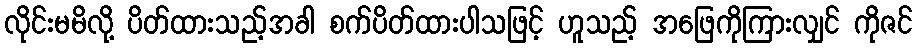
လိုင်းမမိလို့ ပိတ်ထားသည့်အခါ စက်ပိတ်ထားပါသဖြင့် ဟူသည့် အဖြေကိုကြားလျှင် ကိုဇင်